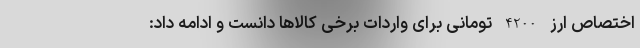
اختصاص ارز 4200 تومانی برای واردات برخی کالاها دانست و ادامه داد: